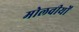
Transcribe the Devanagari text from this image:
मोलवीयों